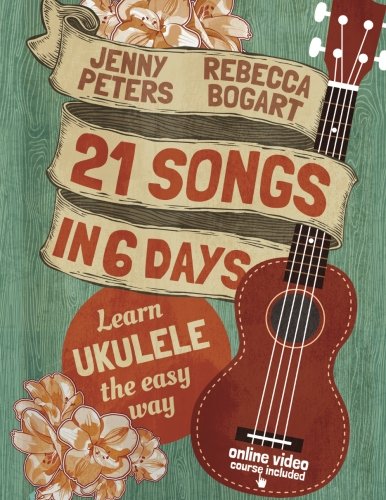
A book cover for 21 Songs in 6 Days: Learn Ukulele the Easy Way: Ukulele Songbook (Volume 1); Rebecca Bogart; Humor & Entertainment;